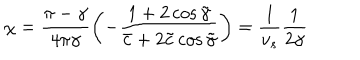
\chi = \frac { \pi - \gamma } { 4 \pi \gamma } \left( - \frac { 1 + 2 \cos \tilde { \gamma } } { \bar { c } + 2 \tilde { c } \cos \tilde { \gamma } } \right) = \frac { 1 } { v _ { s } } \frac { 1 } { 2 \gamma }